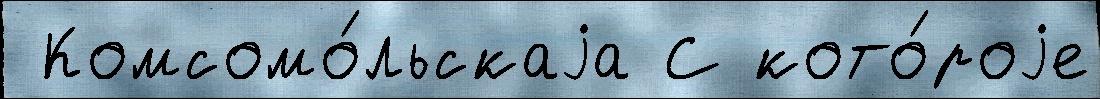
 Комсомо́льскаjа С кото́роjе